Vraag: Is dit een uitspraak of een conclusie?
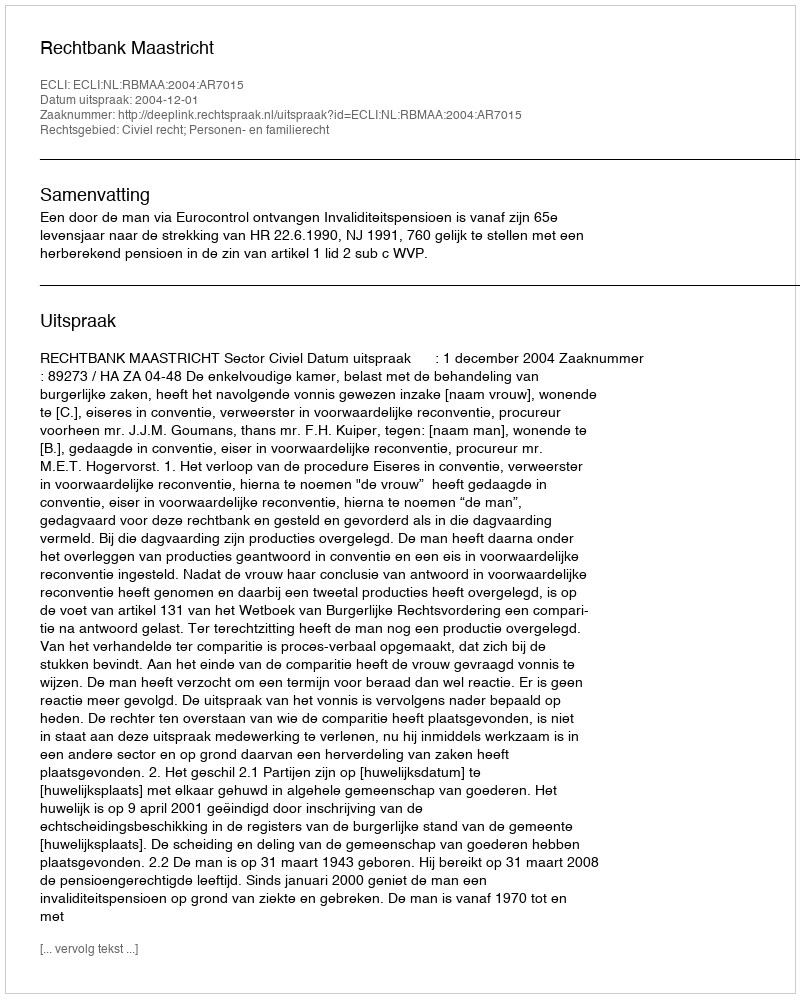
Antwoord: Uitspraak